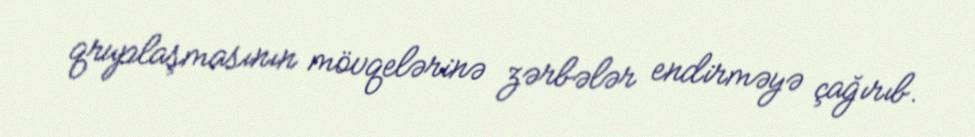
qruplaşmasının mövqelərinə zərbələr endirməyə çağırıb.